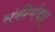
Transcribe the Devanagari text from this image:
संकीर्णवक्ष